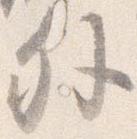
外